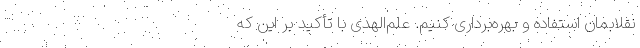
نقلابمان استفاده و بهره‌برداری کنیم. علم‌الهدی با تأکید بر این که